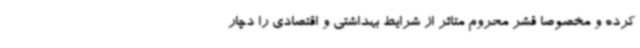
کرده و مخصوصا قشر محروم متاثر از شرایط بهداشتی و اقتصادی را دچار